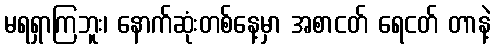
မရရှာကြဘူး၊ နောက်ဆုံးတစ်နေ့မှာ အစာငတ် ရေငတ် တာနဲ့